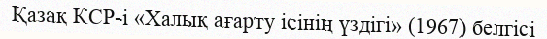
Қазақ КСР-і «Халық ағарту ісінің үздігі» (1967) белгісі